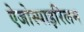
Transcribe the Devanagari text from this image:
ऐजोस्पाइरिलम